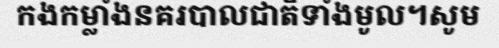
កងកម្លាំងនគរបាលជាតិទាំងមូល។សូម